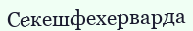
Секешфехерварда